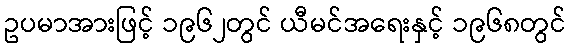
ဥပမာအားဖြင့် ၁၉၆၂တွင် ယီမင်အရေးနှင့် ၁၉၆၈တွင်